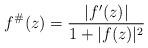
LaTeX: \begin{align*}f^\#(z)=\frac{|f'(z)|}{1+|f(z)|^2}\end{align*}